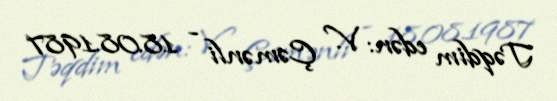
Təqdim edən: V. Çəmənli - 18.08.1987